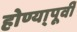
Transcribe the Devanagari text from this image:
होण्या्पूर्वी